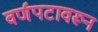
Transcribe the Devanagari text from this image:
वर्णपटावरून